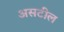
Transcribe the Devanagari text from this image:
असटील